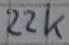
Text: 22k